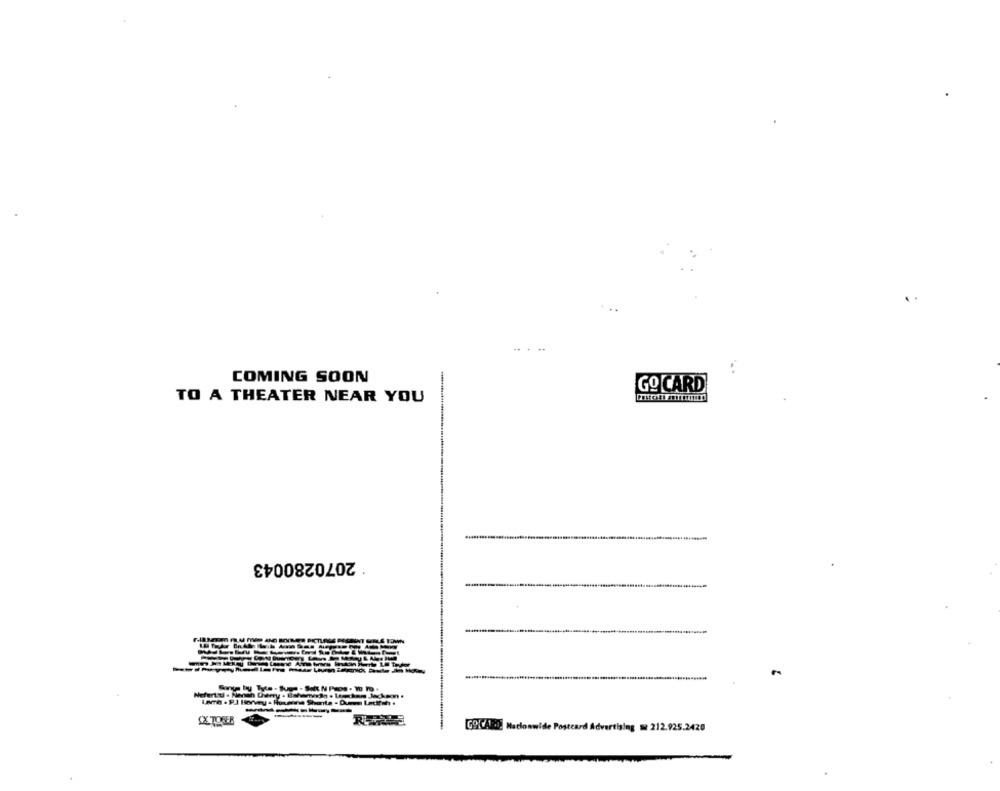
..
..
..
COMING SOON
Go CARD
TO A THEATER NEAR YOU
2070280043
-----
-
Nefertiti . Nenah Deny . Baham
CX TONER
[GOICALil Maclonwide Postcard Advertising = 212.925.2420